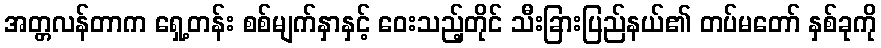
အတ္တလန်တာက ရှေ့တန်း စစ်မျက်နှာနှင့် ဝေးသည့်တိုင် သီးခြားပြည်နယ်၏ တပ်မတော် နှစ်ခုကို